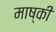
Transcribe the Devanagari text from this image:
माष्की